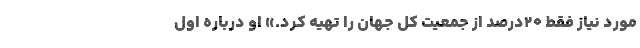
مورد نیاز فقط ۲۰درصد از جمعیت کل جهان را تهیه کرد.» او درباره اول